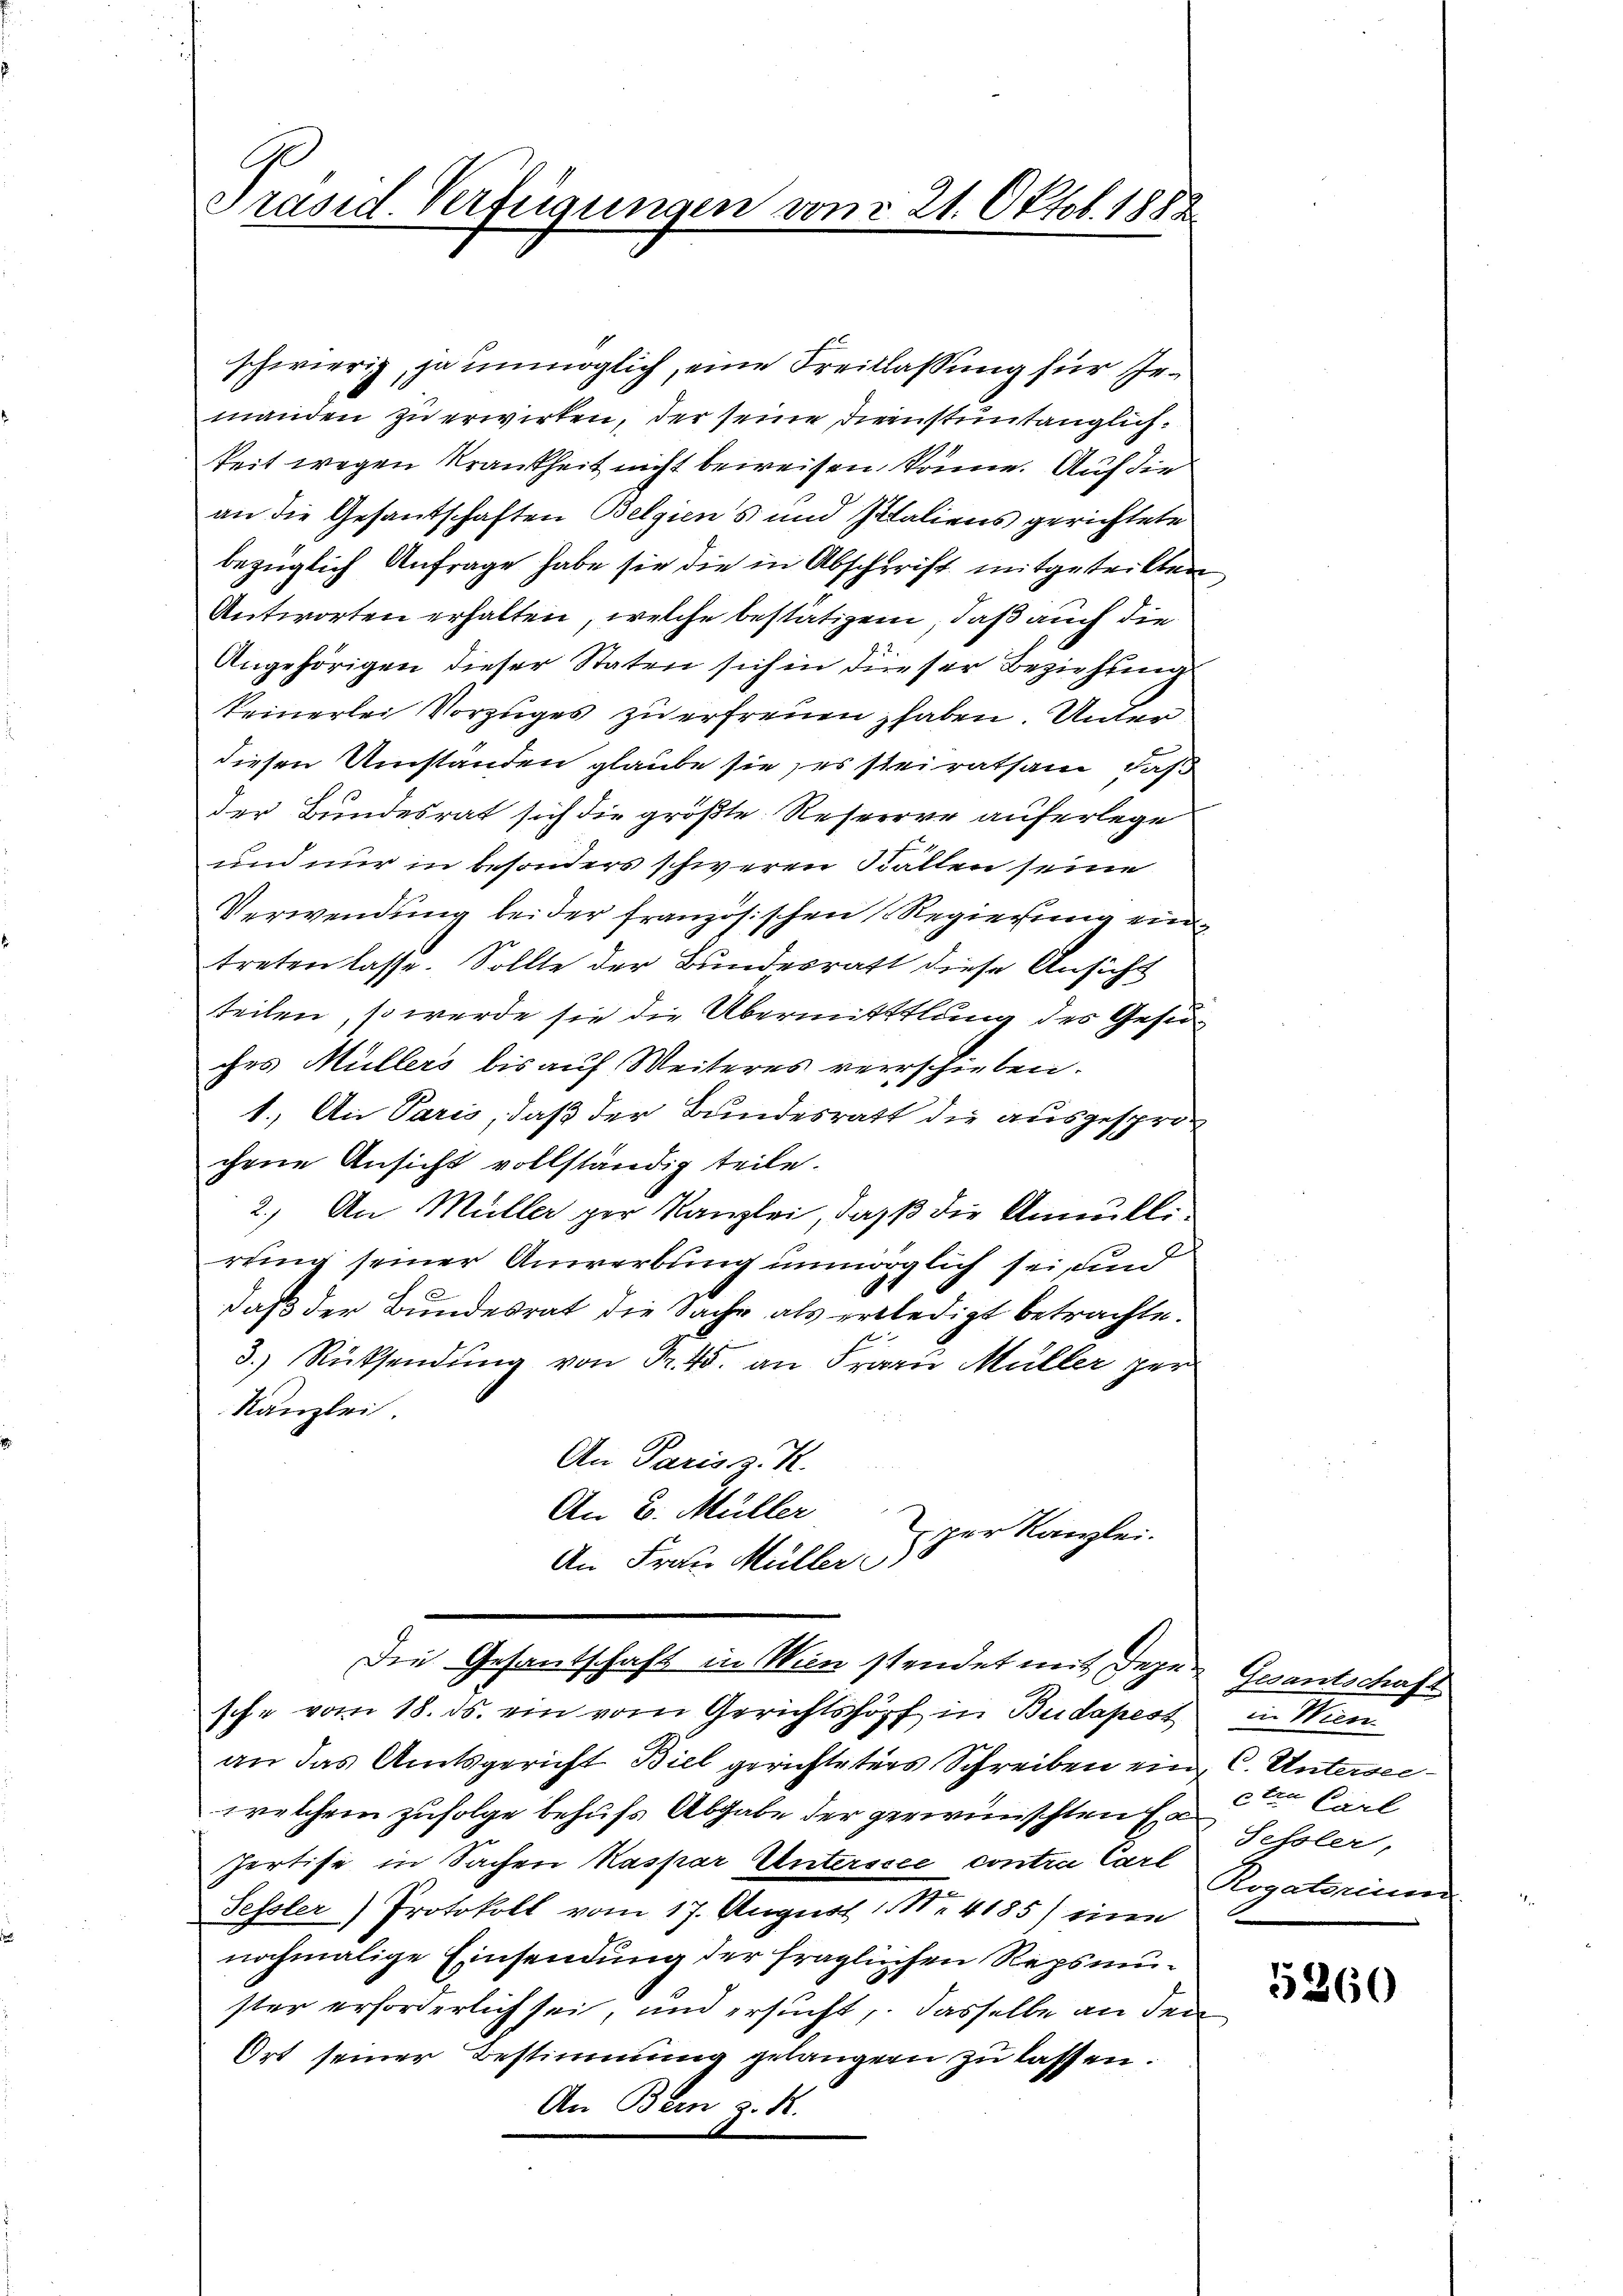
Präsid. Verfügungen vom 21. Oktob. 1882

schwierig, ja unmöglich, eine Freitlassung für Gemanden zu erwirken, der seine Dienstuntänglichkeit wegen Krankheit nicht beweisen könne. Auf die
an die Gesandschaften Belgiens und Italiens gerichtete
bezüglich Anfrage habe sie die in Abschrift mitgetritten
Antworten erhalten, welche bestätigen, daß auch die
Angehörigen dieser Staten sich in dieser Beziehung
keinerlei Vorzuges zu erfreuen haben. Unter
diesen Umständen glaube sie es steiratsam, daß
der Bundesrat sich die größte Reserve auferlege
und nur in besonders schweren Fällen seine
Verwendung beider französischen Regierung eintreten lasse. Sollte der Bundesrath diese Ansicht
teilen, so werde sie die Übermittlung des Gesuches Müllers bis auf Weiteres verrschieben.
1.) An Paris, daß der Bundesrath die ausgesprochene Ansicht vollständig teile.
2.) An Müller per Kanzlei, daß die Annullirung seiner Anwerbung unmöglich sei, und
daß der Bundesrat die Sache als erledigt betrachte.
3.) Rücksendung von Fr. 45. an Frau Müller per
Kanzlei
An Paris z. K.
An 2. Müller
per Kanzlei.
An Frau Müller
Die Gesantschaft in Wien stendet mit Degesche vom 18. ds. ein vom Gerichtshöpf in Budapest
an das Amtsgericht Biel gerichteters Schreiben ein C. Unterseewelchem zufolge behufs Abgabe der gewünschten Schler,
Pertise in Sachen Kaspar Unterssee contra Cart
Fessler) Protokoll vom 17. August 1. No. 4185) eine
nochmalige Einsendung der fraglichen Repsmuster erforderlich sei, und ersucht, dasselbe an den
Ort seiner Bestimmung gelangern zu lassen.
An Bern z. R.

Gesantschaft
in Wien
ete Carl
Aegatarium

5260